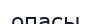
опасы